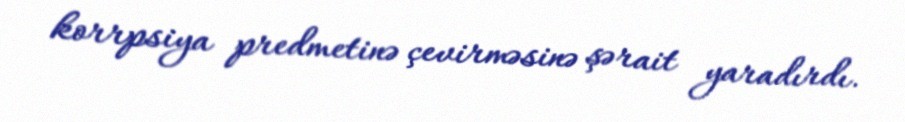
korrpsiya predmetinə çevirməsinə şərait yaradırdı.